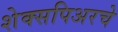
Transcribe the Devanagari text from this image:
शेक्सपिअरचे